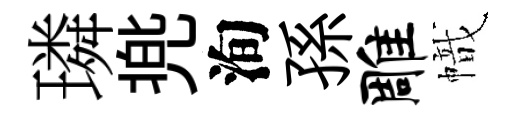
璘兠洵孫雕幟